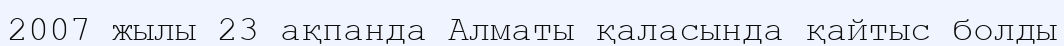
2007 жылы 23 ақпанда Алматы қаласында қайтыс болды